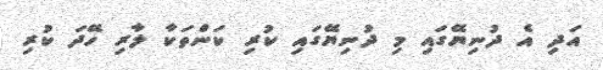
އަދި އެ ދުނިޔޭގައި މި ދުނިޔޭގައި ކުރި ކަންތަކާ ލާރި ހޭދަ ކުރި